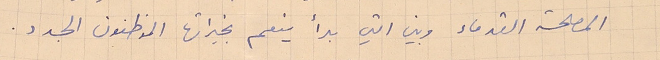
المصلحة القدماء وبين التي بدأ ينعم بخيراتها الموظفون الجدد.